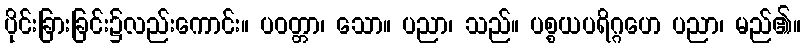
ပိုင်းခြားခြင်း၌လည်းကောင်း။ ပဝတ္တာ၊ သော။ ပညာ၊ သည်။ ပစ္စယပရိဂ္ဂဟေ ပညာ၊ မည်၏။